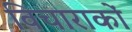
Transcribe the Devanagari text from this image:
विचाराकों